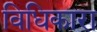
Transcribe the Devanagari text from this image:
विधिकारा